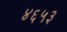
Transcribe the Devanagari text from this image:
४६५३